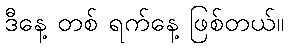
ဒီနေ့ တစ် ရက်နေ့ ဖြစ်တယ်။